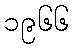
၁၉၆၆